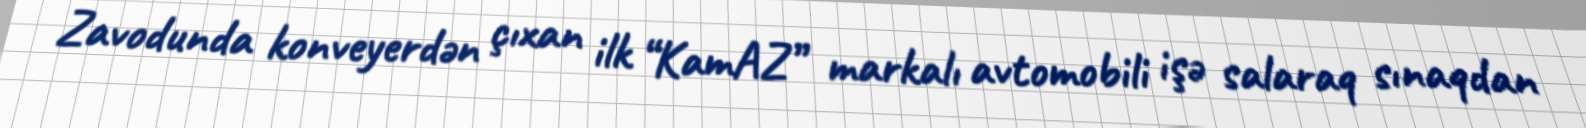
Zavodunda konveyerdən çıxan ilk “KamAZ” markalı avtomobili işə salaraq sınaqdan